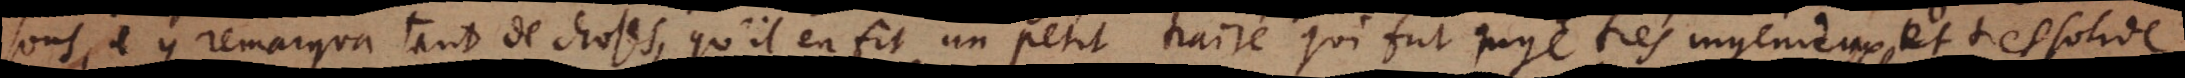
sons, il y remarqua tant de choses, qu’il en fit un petit traité qui fut jugé tres ingenieux et tres solide.